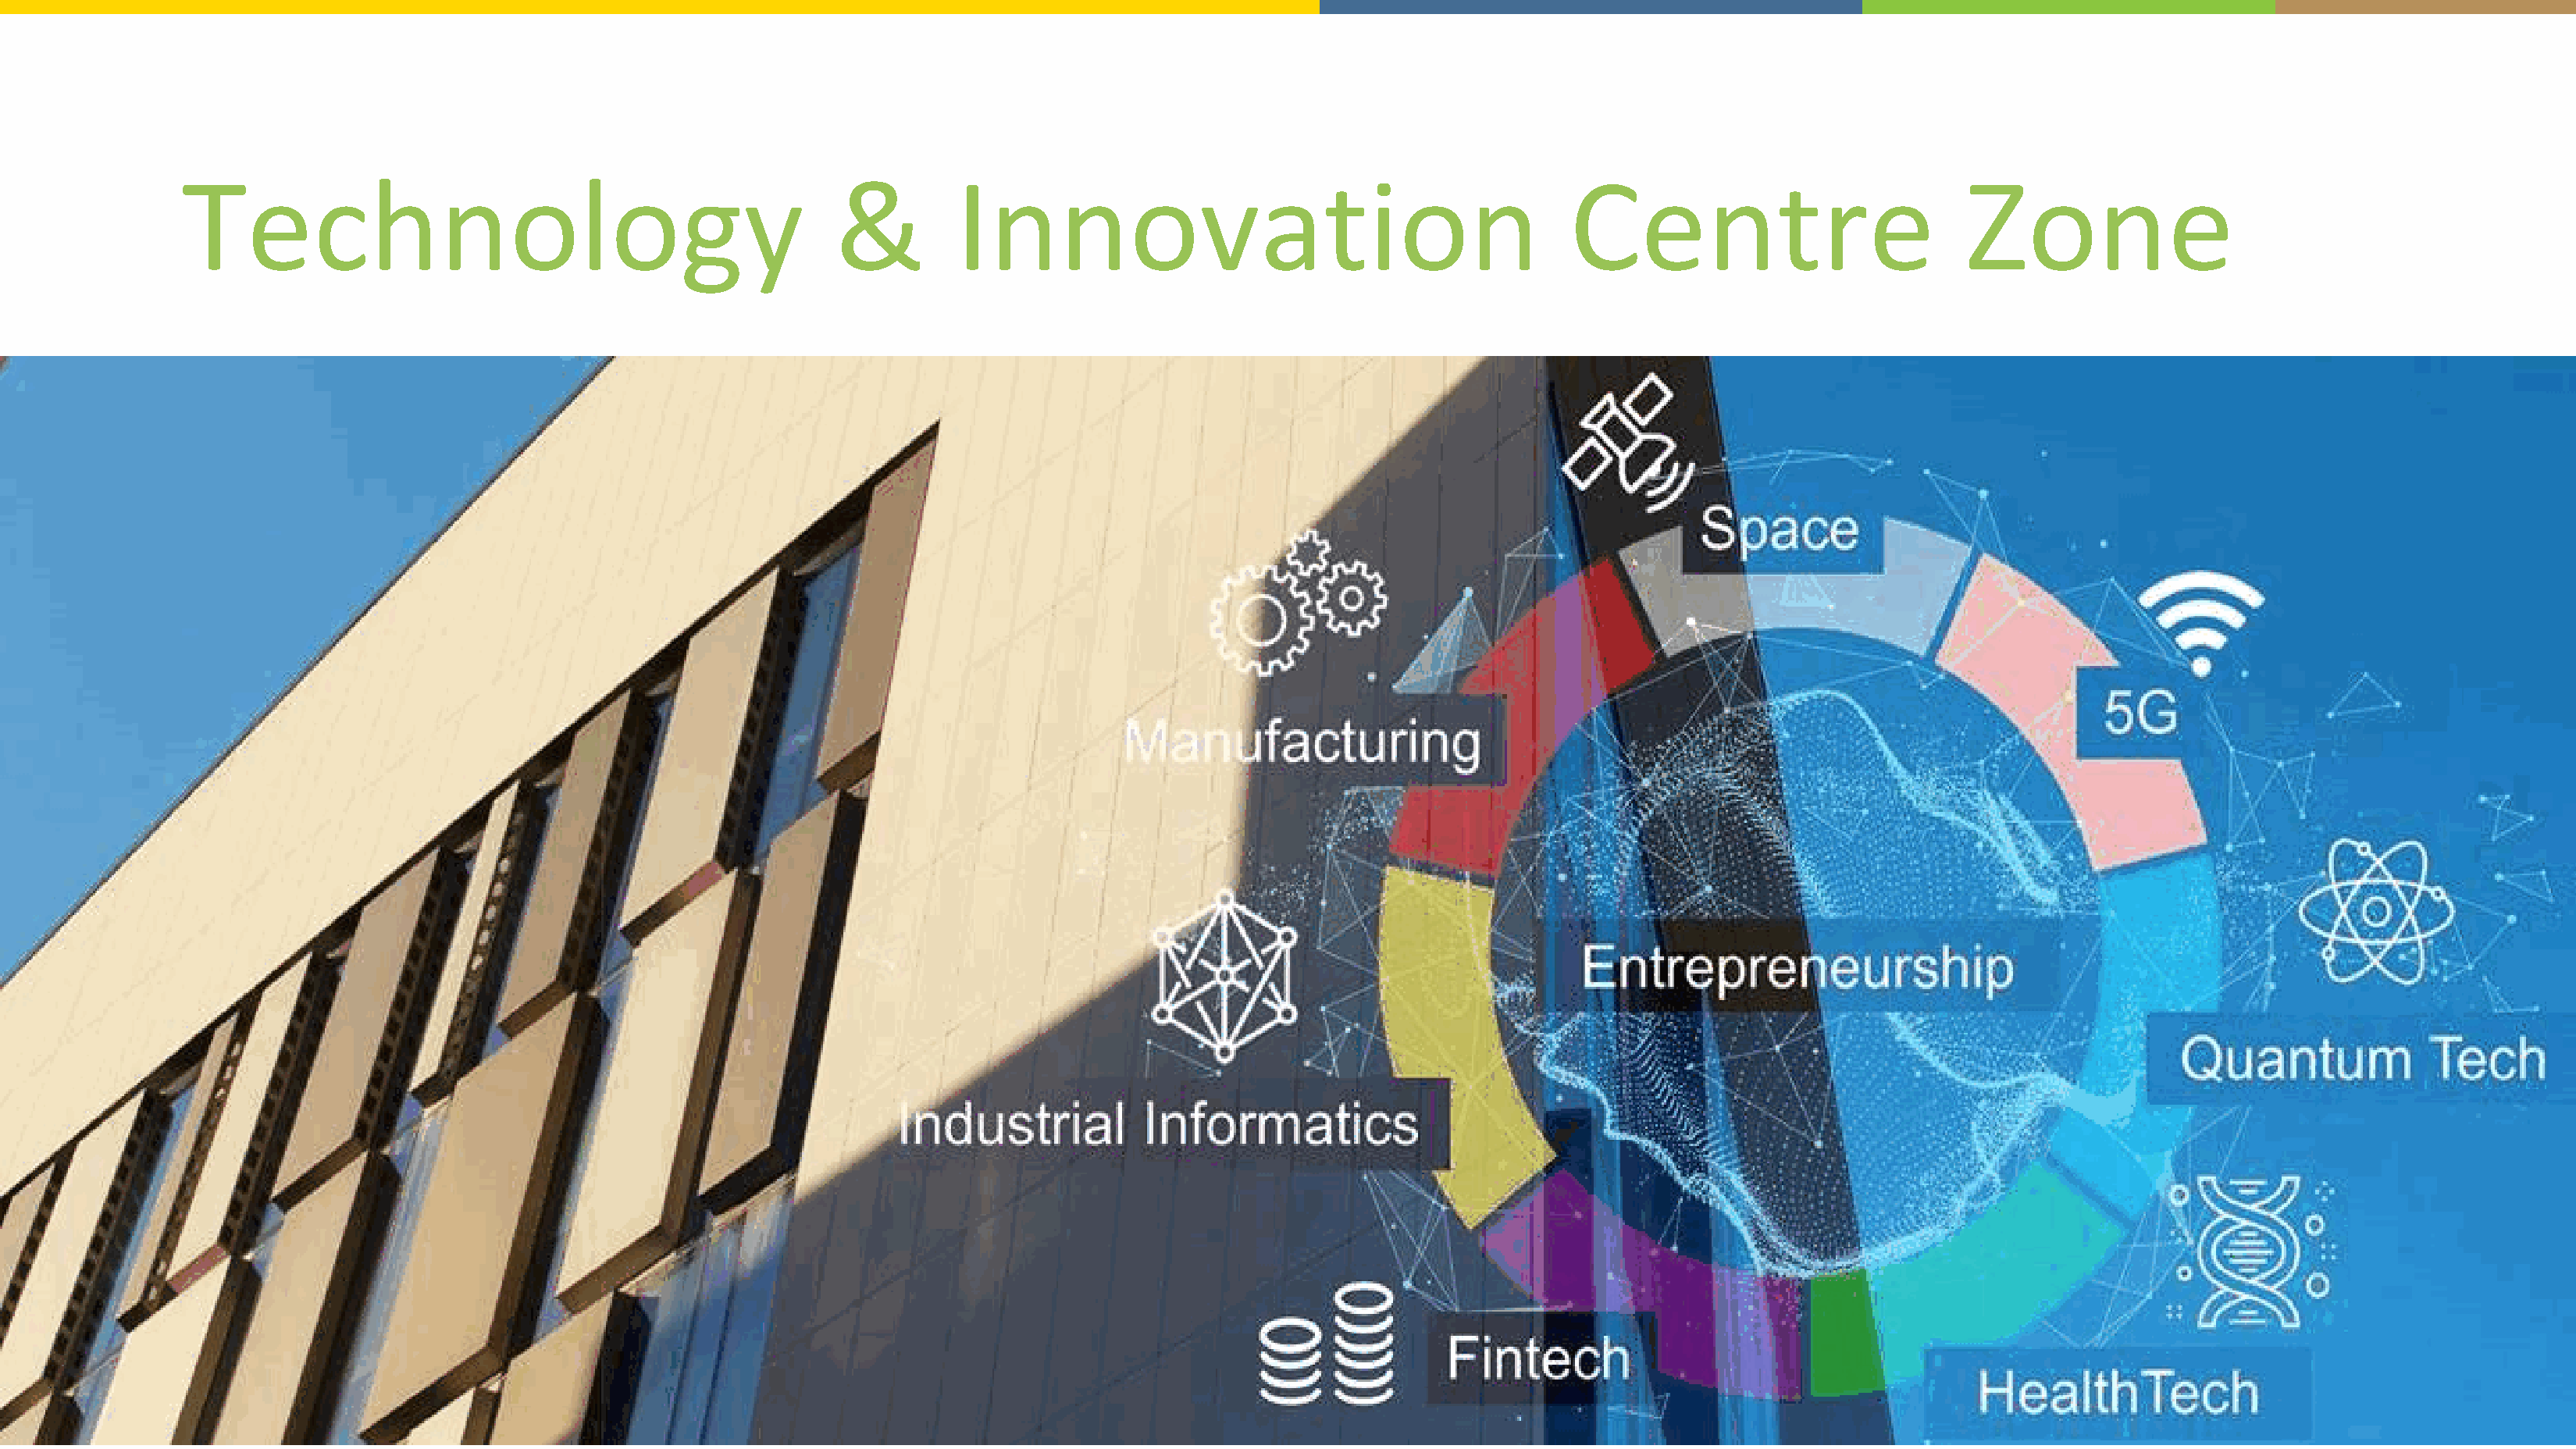
Technology                                              &         Innovation                                          Centre                            Zone
 © 2019 5G RuralFirstand/or its affiliates. All rights reserved. 5G RuralFirstconfidential.